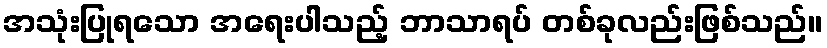
အသုံးပြုရသော အရေးပါသည့် ဘာသာရပ် တစ်ခုလည်းဖြစ်သည်။